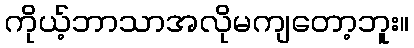
ကိုယ့်ဘာသာအလိုမကျတော့ဘူး။